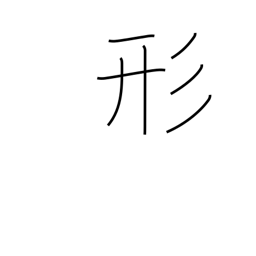
Meaning: form